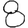
Digit: 8